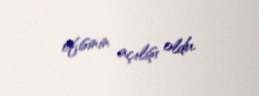
ofisinin açılışı oldu.